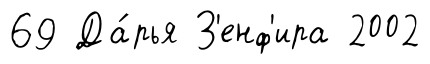
69 Да́рья З'енф'ира 2002